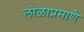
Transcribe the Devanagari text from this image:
लोळाप्रमाणे